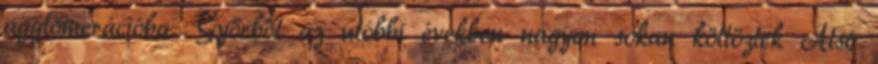
agglomerációba. Győrből az utóbbi években nagyon sokan költöztek Alsó